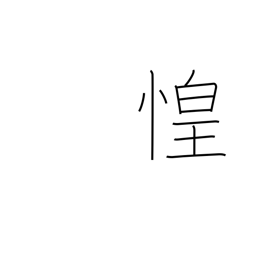
Meaning: fear